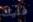
فليك